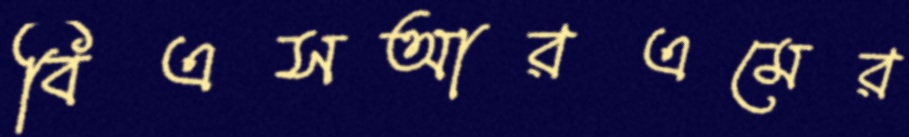
বিএসআরএমের